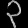
Digit: ၃